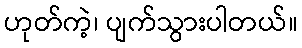
ဟုတ်ကဲ့၊ ပျက်သွားပါတယ်။